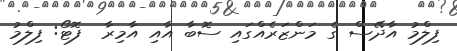
ފިލްމު އާދޭސް ގެ މަންޒަރެއްގައި ސޮބާ އާއި އާމިރާ  ފޮޓޯ: ފިލްމު